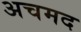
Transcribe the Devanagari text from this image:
अचमद